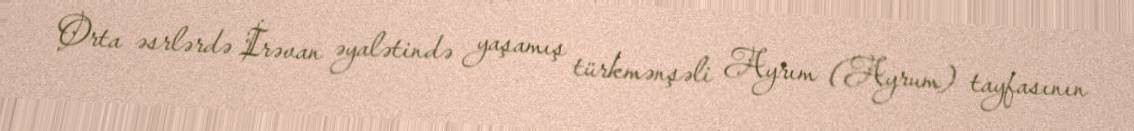
Orta əsrlərdə İrəvan əyalətində yaşamış türkmənşəli Ayrım (Ayrum) tayfasının